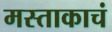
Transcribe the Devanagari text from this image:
मस्ताकाचं